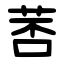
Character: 䓏